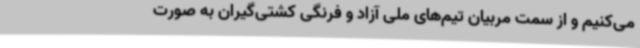
می‌کنیم و از سمت مربیان تیم‌های ملی آزاد و فرنگی کشتی‌گیران به صورت